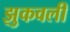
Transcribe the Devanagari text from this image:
झुकवली